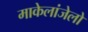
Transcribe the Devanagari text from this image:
माकेलांजेलो